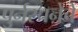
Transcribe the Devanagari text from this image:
पुर्नरचनेचे